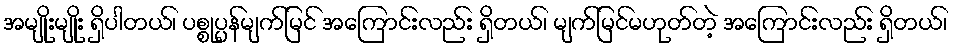
အမျိုးမျိုး ရှိပါတယ်၊ ပစ္စုပ္ပန်မျက်မြင် အကြောင်းလည်း ရှိတယ်၊ မျက်မြင်မဟုတ်တဲ့ အကြောင်းလည်း ရှိတယ်၊